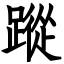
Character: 蹤